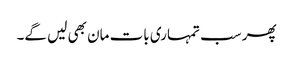
پھر سب تمہاری بات مان بھی لیں گے۔